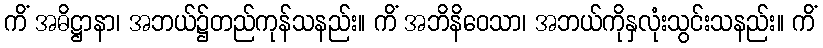
ကိံ အဓိဋ္ဌာနာ၊ အဘယ်၌တည်ကုန်သနည်း။ ကိံ အဘိနိဝေသာ၊ အဘယ်ကိုနှလုံးသွင်းသနည်း။ ကိံ